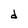
Character: d